Lunatic asylums in Bengal annual reports 1888-1898 - 1888-1898
Year: 1888
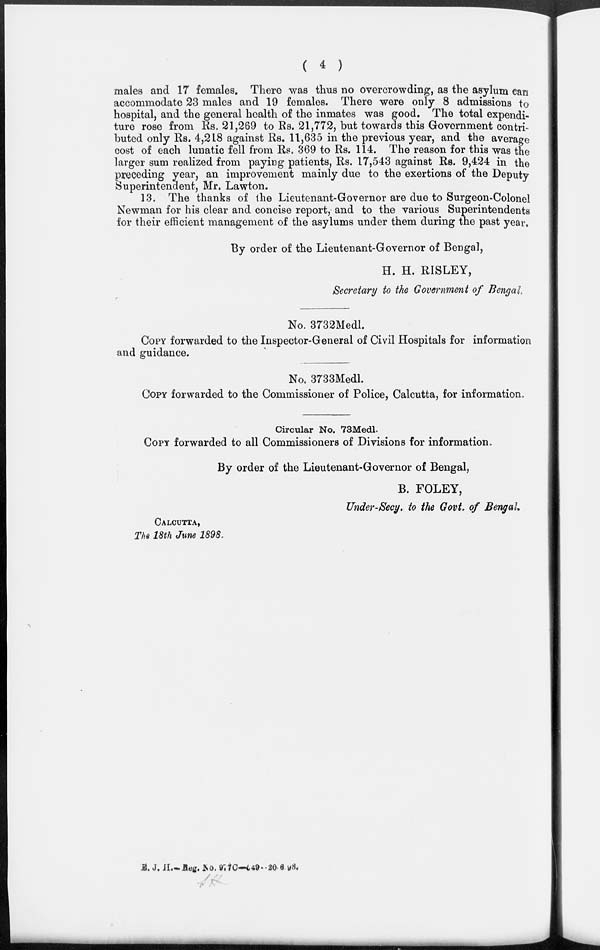
( 4 )
males and 17 females. There was thus no overcrowding, as the asylum can
accommodate 23 males and 19 females. There were only 8 admissions to
hospital, and the general health of the inmates was good. The total expendi-
ture rose from Rs. 21,269 to Rs. 21,772, but towards this Government contri-
buted only Rs. 4,218 against Rs. 11,635 in the previous year, and the average
cost of each lunatic fell from Rs. 369 to Rs. 114. The reason for this was the
larger sum realized from paying patients, Rs. 17,543 against Rs. 9,424 in the
preceding year, an improvement mainly due to the exertions of the Deputy
Superintendent, Mr. Lawton.
13. The thanks of the Lieutenant-Governor are due to Surgeon-Colonel
Newman for his clear and concise report, and to the various Superintendents
for their efficient management of the asylums under them during the past year.
By order of the Lieutenant-Governor of Bengal,
H. H. RISLEY,
Secretary to the Government of Bengal.
No. 3732Medl.
COPY forwarded to the Inspector-General of Civil Hospitals for information
and guidance.
No. 3733Medl.
COPY forwarded to the Commissioner of Police, Calcutta, for information.
Circular No. 73Medl.
COPY forwarded to all Commissioners of Divisions for information.
By order of the Lieutenant-Governor of Bengal,
B. FOLEY,
Under-Secy. to the Govt. of Bengal.
CALCUTTA,
The 18th June 1898.
E. J. H.—Reg. No. 977C—549—20-6-98.